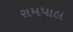
રામપાલ